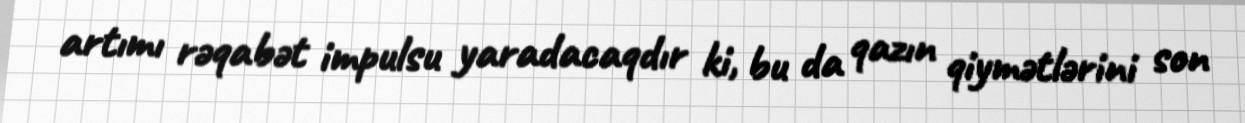
artımı rəqabət impulsu yaradacaqdır ki, bu da qazın qiymətlərini son